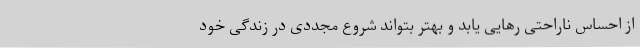
از احساس ناراحتی رهایی یابد و بهتر بتواند شروع مجددی در زندگی خود